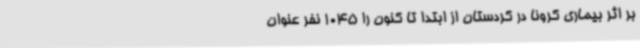
بر اثر بیماری کرونا در کردستان از ابتدا تا کنون را 1045 نفر عنوان